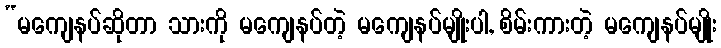
“မကျေနပ်ဆိုတာ သားကို မကျေနပ်တဲ့ မကျေနပ်မျိုးပါ, စိမ်းကားတဲ့ မကျေနပ်မျိုး